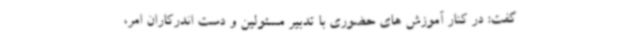
گفت: در کنار آموزش های حضوری با تدبیر مسئولین و دست اندرکاران امر،